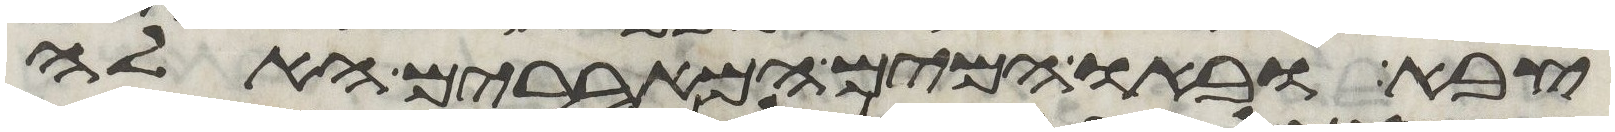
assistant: צבא ובאו המים המאררים האלה